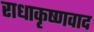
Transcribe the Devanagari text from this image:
राधाकृष्णवाद